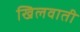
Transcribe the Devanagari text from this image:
खिलवाती